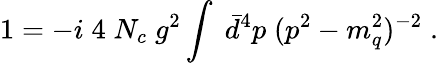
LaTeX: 1=-i\; 4\; N_{c}\; g^{2}\int\; \bar{d}^{4}p\; (p^{2}-m_{q}^{2})^{-2}\; .